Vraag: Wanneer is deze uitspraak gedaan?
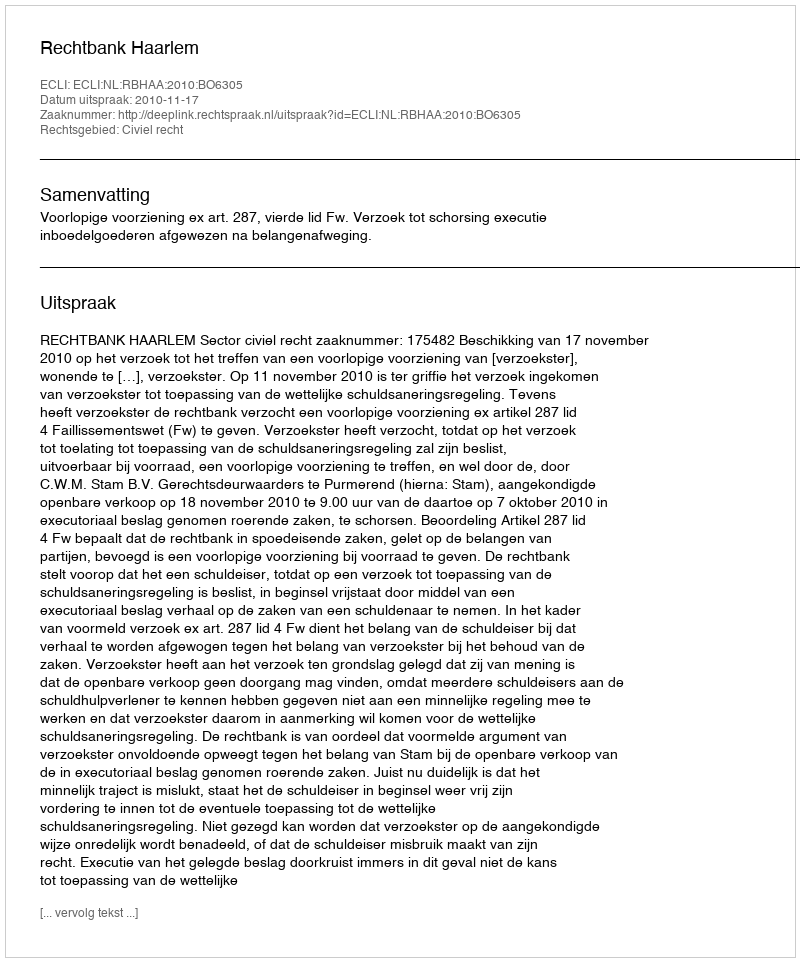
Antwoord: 2010-11-17